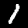
Label: 1